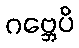
ဂဗ္ဘေပိ